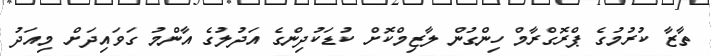
ތާޒާ ކުރުމުގެ ޕްރޮގްރާމް ހިންގުން ލާޒިމްކޮށް ކުޑަކުދިންގެ އަދުލުގެ އާންމު ގަވައިދަށް މިއަދު